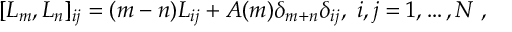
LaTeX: [ L _ { m } , L _ { n } ] _ { i j } = ( m - n ) L _ { i j } + A ( m ) \delta _ { m + n } \delta _ { i j } , \ i , j = 1 , \dots , N \ ,